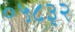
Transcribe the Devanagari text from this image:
०५८३२